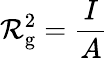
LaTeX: \mathcal{R}_{\mathrm{{g}}}^{2}={\frac{{I}}{{A}}}